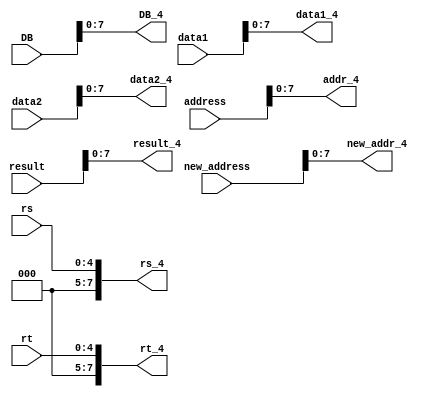
`timescale 1ns / 1ps
module transTocut(
    input [31:0] address,new_address,data1,data2,result,DB,
    input [4:0] rs,rt,
    output [7:0] addr_4,new_addr_4,rs_4,data1_4,rt_4,data2_4,result_4,
    output [7:0] DB_4
);

   assign     addr_4[7:0] = address[7:0];
   assign     new_addr_4[7:0] = new_address[7:0];
   assign     rs_4[4:0] = rs[7:0];
   assign     rs_4[7:5] = 0;
   assign     data1_4[7:0] = data1[7:0];
   assign     rt_4[4:0] = rt[7:0];
   assign     rt_4[7:5] = 0;
   assign     data2_4[7:0] = data2[7:0];
   assign     result_4[7:0] = result[7:0];
   assign     DB_4[7:0] = DB[7:0];
endmodule